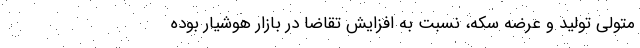
متولی تولید و عرضه سکه، نسبت به افزایش تقاضا در بازار هوشیار بوده